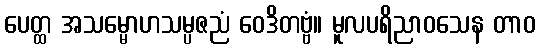
ပေတ္ထ အသမ္မောဟသမ္ပဇညံ ဝေဒိတဗ္ဗံ။ မူလပရိညာဝသေန တာဝ